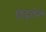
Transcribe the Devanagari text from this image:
विद्वत्तेने